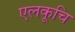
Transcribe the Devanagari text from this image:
एलकूचि